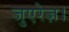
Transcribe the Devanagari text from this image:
जुएरेज़।